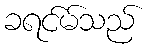
ခရင်မ်သည်